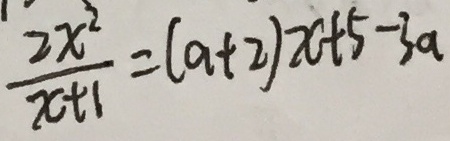
\frac { 2 x ^ { 2 } } { x + 1 } = ( a + 2 ) x + 5 - 3 a